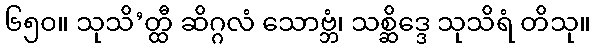
၆၅၀။ သုသိ’တ္ထီ ဆိဂ္ဂလံ သောဗ္ဘံ၊ သစ္ဆိဒ္ဒေ သုသိရံ တိသု။